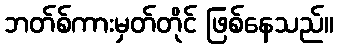
ဘတ်စ်ကားမှတ်တိုင် ဖြစ်နေသည်။